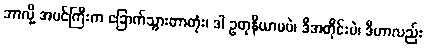
ဘာလို့ အပင်ကြီးက ခြောက်သွားတာတုံး၊ ဒါ ဥတုနိယာမပဲ၊ ဒီအတိုင်းပဲ၊ ဒီဟာလည်း